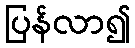
ပြန်လာ၍